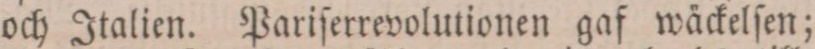
och Italien. Pariſerrevolutionen gaf wäckelſen;